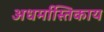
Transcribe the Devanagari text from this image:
अधर्मास्तिकाय